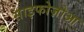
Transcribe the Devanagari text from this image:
साइफोज़ोआ